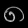
Digit: ၈